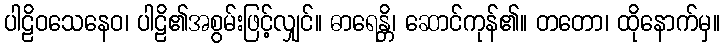
ပါဠိဝသေနေဝ၊ ပါဠိ၏အစွမ်းဖြင့်လျှင်။ ဓာရေန္တိ၊ ဆောင်ကုန်၏။ တတော၊ ထိုနောက်မှ။